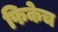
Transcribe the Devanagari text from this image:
फिकेच